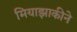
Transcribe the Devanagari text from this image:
मियाझाकीने